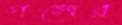
গলের